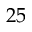
2 5